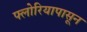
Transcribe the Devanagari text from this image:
फ्लोरियापासून